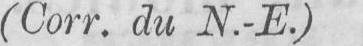
(Corr. du N.-E.)